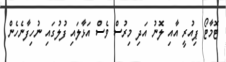
ޓޮމާޓޯ ޕިއުރީ އާއި ލޮނު އަދި މިރުސް ވެސް އަޅާލައި ފުލުގައި ނުހިފާނެހެން